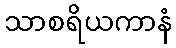
သာစရိယကာနံ